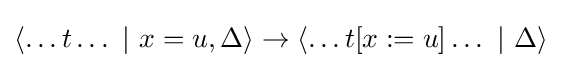
\langle \dots t\dots \ |\ x=u,\Delta \rangle \rightarrow \langle \dots t[x:=u]\dots \ |\ \Delta \rangle